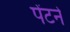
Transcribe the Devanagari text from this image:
पेंटने